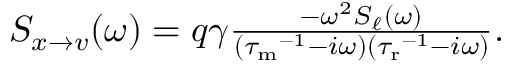
\begin{array} { r } { S _ { x \to v } ( \omega ) = q \gamma \frac { - \omega ^ { 2 } S _ { \ell } ( \omega ) } { ( { \tau _ { \mathrm { m } } } ^ { - 1 } - i \omega ) ( { \tau _ { \mathrm { r } } } ^ { - 1 } - i \omega ) } . } \end{array}